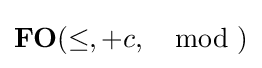
\mathbf {FO} (\leq ,+c,\mod )